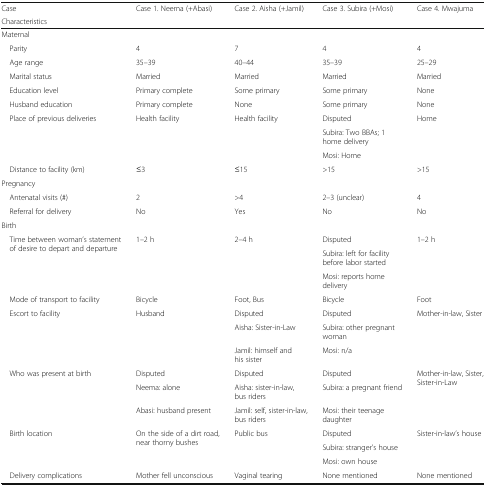
<table><thead><tr><td><b>Case</b></td><td rowspan="2"><b>Case 1. Neema (+Abasi)</b></td><td rowspan="2"><b>Case 2. Aisha (+Jamil)</b></td><td rowspan="2"><b>Case 3. Subira (+Mosi)</b></td><td rowspan="2"><b>Case 4. Mwajuma</b></td></tr><tr><td><b>Characteristics</b></td></tr></thead><tbody><tr><td colspan="5">Maternal</td></tr><tr><td> Parity</td><td>4</td><td>7</td><td>4</td><td>4</td></tr><tr><td> Age range</td><td>35–39</td><td>40–44</td><td>35–39</td><td>25–29</td></tr><tr><td> Marital status</td><td>Married</td><td>Married</td><td>Married</td><td>Married</td></tr><tr><td> Education level</td><td>Primary complete</td><td>Some primary</td><td>Some primary</td><td>None</td></tr><tr><td> Husband education</td><td>Primary complete</td><td>None</td><td>Some primary</td><td>None</td></tr><tr><td rowspan="3"> Place of previous deliveries</td><td rowspan="3">Health facility</td><td rowspan="3">Health facility</td><td>Disputed</td><td rowspan="3">Home</td></tr><tr><td>Subira: Two BBAs; 1 home delivery</td></tr><tr><td>Mosi: Home</td></tr><tr><td> Distance to facility (km)</td><td>≤3</td><td>≤15</td><td>&gt;15</td><td>&gt;15</td></tr><tr><td colspan="5">Pregnancy</td></tr><tr><td> Antenatal visits (#)</td><td>2</td><td>&gt;4</td><td>2–3 (unclear)</td><td>4</td></tr><tr><td> Referral for delivery</td><td>No</td><td>Yes</td><td>No</td><td>No</td></tr><tr><td colspan="5">Birth</td></tr><tr><td rowspan="3"> Time between woman’s statement of desire to depart and departure</td><td rowspan="3">1–2 h</td><td rowspan="3">2–4 h</td><td>Disputed</td><td rowspan="3">1–2 h</td></tr><tr><td>Subira: left for facility before labor started</td></tr><tr><td>Mosi: reports home delivery</td></tr><tr><td> Mode of transport to facility</td><td>Bicycle</td><td>Foot, Bus</td><td>Bicycle</td><td>Foot</td></tr><tr><td rowspan="3"> Escort to facility</td><td rowspan="3">Husband</td><td>Disputed</td><td>Disputed</td><td rowspan="3">Mother-in-law, Sister</td></tr><tr><td>Aisha: Sister-in-Law</td><td>Subira: other pregnant woman</td></tr><tr><td>Jamil: himself and his sister</td><td>Mosi: n/a</td></tr><tr><td rowspan="3"> Who was present at birth</td><td>Disputed</td><td>Disputed</td><td>Disputed</td><td rowspan="3">Mother-in-law, Sister, Sister-in-Law</td></tr><tr><td>Neema: alone</td><td>Aisha: sister-in-law, bus riders</td><td>Subira: a pregnant friend</td></tr><tr><td>Abasi: husband present</td><td>Jamil: self, sister-in-law, bus riders</td><td>Mosi: their teenage daughter</td></tr><tr><td rowspan="3"> Birth location</td><td rowspan="3">On the side of a dirt road, near thorny bushes</td><td rowspan="3">Public bus</td><td>Disputed</td><td rowspan="3">Sister-in-law’s house</td></tr><tr><td>Subira: stranger’s house</td></tr><tr><td>Mosi: own house</td></tr><tr><td> Delivery complications</td><td>Mother fell unconscious</td><td>Vaginal tearing</td><td>None mentioned</td><td>None mentioned</td></tr></tbody></table>